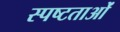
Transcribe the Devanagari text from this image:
स्पष्टताओं